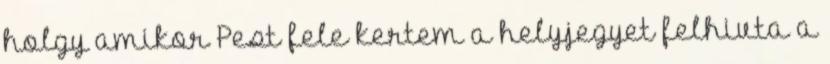
holgy amikor Pest fele kertem a helyjegyet felhivta a